Restriction of public expenditure, 1921
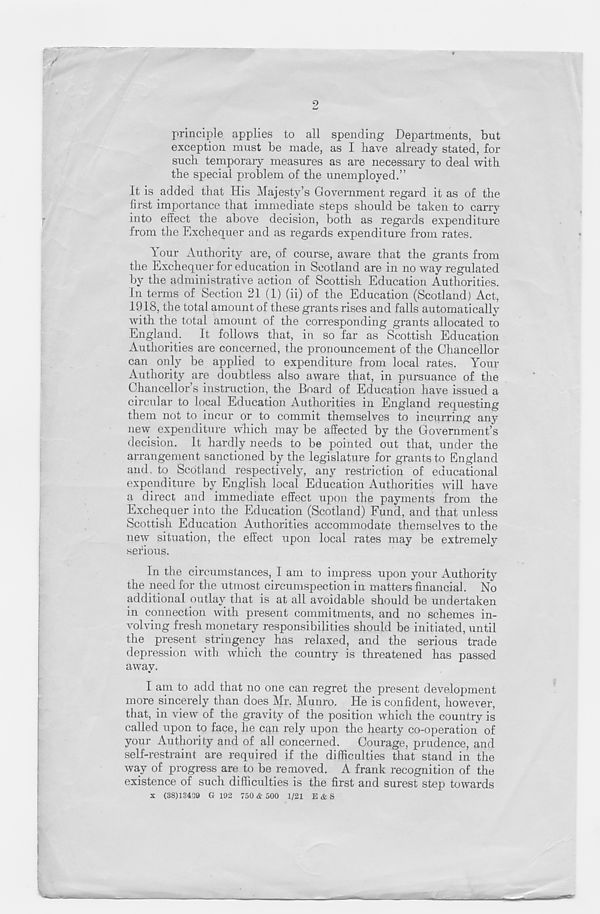
2
/
principle applies to all spending Departments, but
exception must be made, as I have already stated, for
such temporary measures as are necessary to deal with
the special problem of the unemployed.”
It is added that His Majesty’s Government regard it as of the
first importance that immediate steps should be taken to carry
into effect the above decision, both as regards expenditure
from the Exchequer and as regards expenditure from rates.
Your Authority are, of course, aware that the grants from
the Exchequer for education in Scotland are in no way regulated
by the administrative action of Scottish Education Authorities.
In terms of Section 21 (1) (ii) of the Education (Scotland) Act,
1918, the total amount of these grants rises and falls automatically
with the total amount of the corresponding grants allocated to
England. It follows that, in so far as Scottish Education
Authorities are concerned, the pronouncement of the Chancellor
can only be applied to expenditure from local rates. Your
Authority are doubtless also aware that, in pursuance of the
Chancellor’s instruction, the Board of Education have issued a
circular to local Education Authorities in England requesting
them not to incur or to commit themselves to incurring any
new expenditure which may be affected by the Government’s
decision. It hardly needs to be pointed out that, under the
arrangement sanctioned by the legislature for grants to England
and. to Scotland respectively, any restriction of educational
expenditure by English local Education Authorities will have
a direct and immediate effect upon the payments from the
Exchequer into the Education (Scotland) Fund, and that unless
Scottish Education Authorities accommodate themselves to the
new situation, the effect upon local rates may be extremely
serious.
In the circumstances, 1 am to impress upon your Authority
the need for the utmost circumspection in matters financial. No
additional outlay that is at all avoidable should be undertaken
in connection with present commitments, and no schemes in-
volving fresh monetary responsibilities should be initiated, until
the present stringency has relaxed, and the serious trade
depression with which the country is threatened has passed
away.
I am to add that no one can regret the present development
more sincerely than does Mr. Munro. He is confident, however,
that, in view of the gravity of the position which the country is
called upon to face, he can rely upon the hearty co-operation of
your Authority and of all concerned. Courage, prudence, and
self-restraint are required if the difficulties that stand in the
way of progress are to be removed. A frank recognition of the
existence of such difficulties is the first and surest step towards
x (38)13409 G 192 750 & 500 1/21 E & S